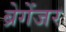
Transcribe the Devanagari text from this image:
ब्रेगेंजर